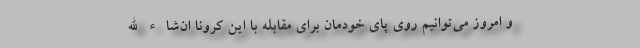
و امروز می‌توانیم روی پای خودمان برای مقابله با این کرونا ان‌شاء الله